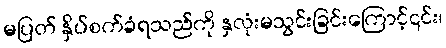
မပြတ် နှိပ်စက်ခံရသည်ကို နှလုံးမသွင်းခြင်းကြောင့်၎င်း၊